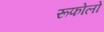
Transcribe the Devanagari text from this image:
रूफोलो